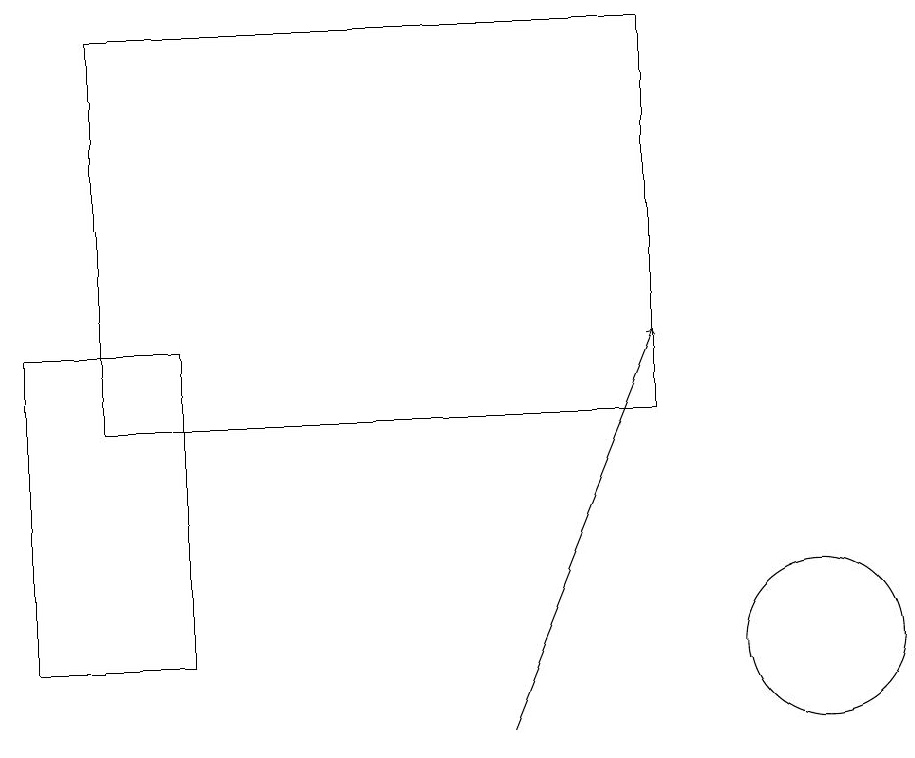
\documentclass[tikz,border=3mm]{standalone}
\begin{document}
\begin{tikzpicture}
\draw (10,11) circle (1);
\draw (1,19) rectangle (8,14);
\draw (0,11) rectangle (2,15);
\draw[->] (6,10) -- (8,15);
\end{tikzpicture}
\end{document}